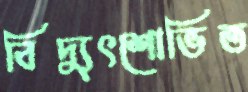
বিদ্যুৎশোভিত